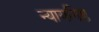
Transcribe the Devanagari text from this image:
न्यायनिष्ठ